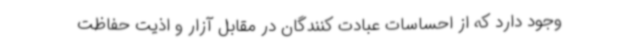
وجود دارد که از احساسات عبادت کنندگان در مقابل آزار و اذیت حفاظت